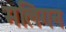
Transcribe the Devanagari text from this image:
मलिगन